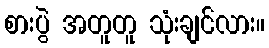
စားပွဲ အတူတူ သုံးချင်လား။